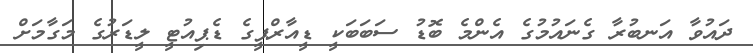
ދައުވާ އަނބުރާ ގެނައުމުގެ އެންމެ ބޮޑު ސަބަބަކީ ޑީއާރްޕީގެ ޑެޕިއުޓީ ލީޑަރުގެ މަގާމަށް